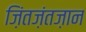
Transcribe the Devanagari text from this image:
ज़िंतज़ंतज़ान